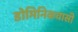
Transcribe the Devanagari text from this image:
डोमिनिकवासी